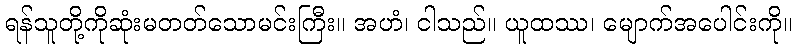
ရန်သူတို့ကိုဆုံးမတတ်သောမင်းကြီး။ အဟံ၊ ငါသည်။ ယူထဿ၊ မျောက်အပေါင်းကို။